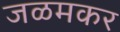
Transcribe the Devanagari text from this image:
जळमकर